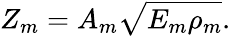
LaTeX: Z_{m}=A_{m}\sqrt{E_{m}\rho_{m}}.